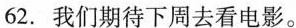
62.我们期待下周去看电影。